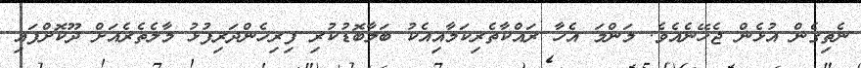
ނެތިގެން އުޅެން ޖެހޭނެއެވެ. މަންމަ އެހާ ރައްކާތެރިކަމާއިއެކު ބަލާބޮޑުކުރި ފިރިހެންދަރިފުޅު މާލެތެރެއަށް ދޫކޮށްފައި